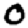
Digit: 0